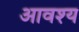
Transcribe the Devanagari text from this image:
आवश्‍य